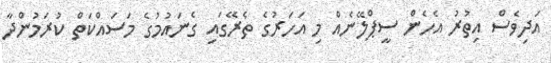
އަދިވެސް އިތުރު އެހެން ސީޕްލޭނެއް މި އަހަރުގެ ތެރޭގައި ގެނައުމުގެ މަސައްކަތް ކުރަމުންދާ